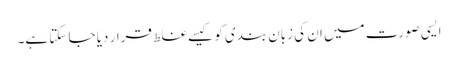
ایسی صورت میں ان کی زبان بندی کو کیسے غلط قرار دیا جا سکتا ہے۔